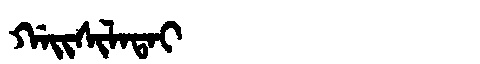
Manchu: ᡤᠠᡳᠰᡳᠯᠠᡨᠠᡳ
Romanization: GAISILATAI